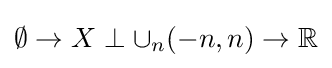
\emptyset \to X\perp \cup _{n}(-n,n)\to \mathbb {R}